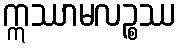
ဣဿာမလဉ္စဿ